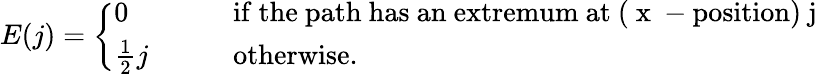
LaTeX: E(j)=\left\{ \begin{array}{ll}{{0}}&{{\mathrm{if~the~path~has~an~extremum~at~(~x~-position)~j~}}}\\ {{\frac{1}{2}j\qquad}}&{{\mathrm{otherwise.}}}\end{array}\right.